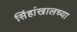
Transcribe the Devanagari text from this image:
सिंहांखालच्या